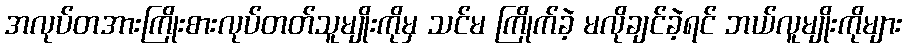
အလုပ်တအားကြိုးစားလုပ်တတ်သူမျိုးကိုမှ သင်မ ကြိုက်ခဲ့ မလိုချင်ခဲ့ရင် ဘယ်လူမျိုးကိုများ